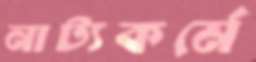
নাট্যকর্মে